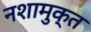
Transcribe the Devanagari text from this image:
नशामुक्त